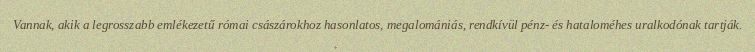
Vannak, akik a legrosszabb emlékezetű római császárokhoz hasonlatos, megalomániás, rendkívül pénz- és hataloméhes uralkodónak tartják.